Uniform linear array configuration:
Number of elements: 48
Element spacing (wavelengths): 0.5
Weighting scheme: hann
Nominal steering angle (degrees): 30
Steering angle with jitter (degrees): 31.835
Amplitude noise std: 0.05
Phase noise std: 0.05

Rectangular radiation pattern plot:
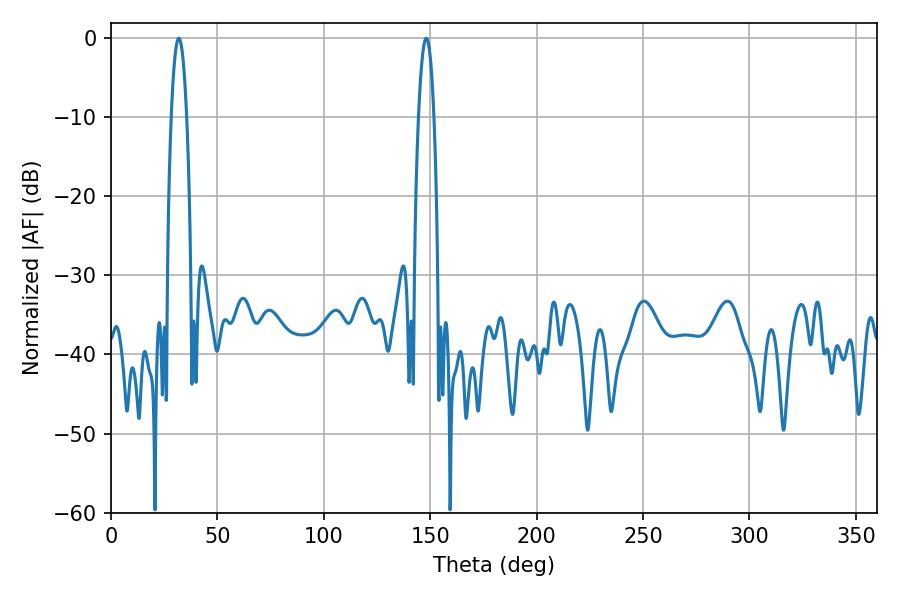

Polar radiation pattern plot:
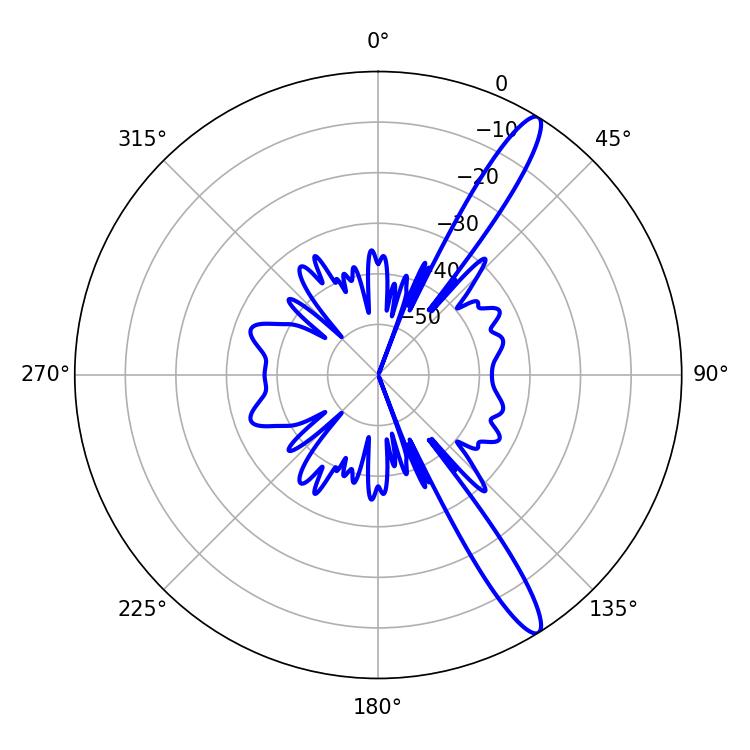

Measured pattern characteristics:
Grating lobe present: FALSE
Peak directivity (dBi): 13.972
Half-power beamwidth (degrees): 3.96
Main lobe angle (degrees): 31.86